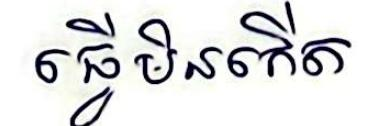
ធ្វើមិនកើត